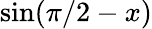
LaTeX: \sin(\pi/2-x)